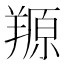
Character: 羱